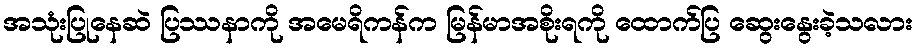
အသုံးပြုနေဆဲ ပြဿနာကို အမေရိကန်က မြန်မာအစိုးရကို ထောက်ပြ ဆွေးနွေးခဲ့သလား